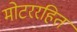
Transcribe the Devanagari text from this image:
मोटररहित